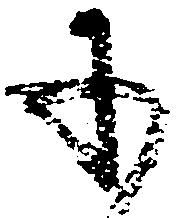
承